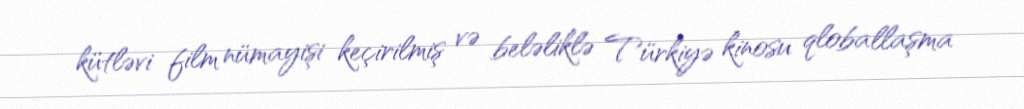
kütləvi film nümayişi keçirilmiş və beləliklə Türkiyə kinosu qloballaşma